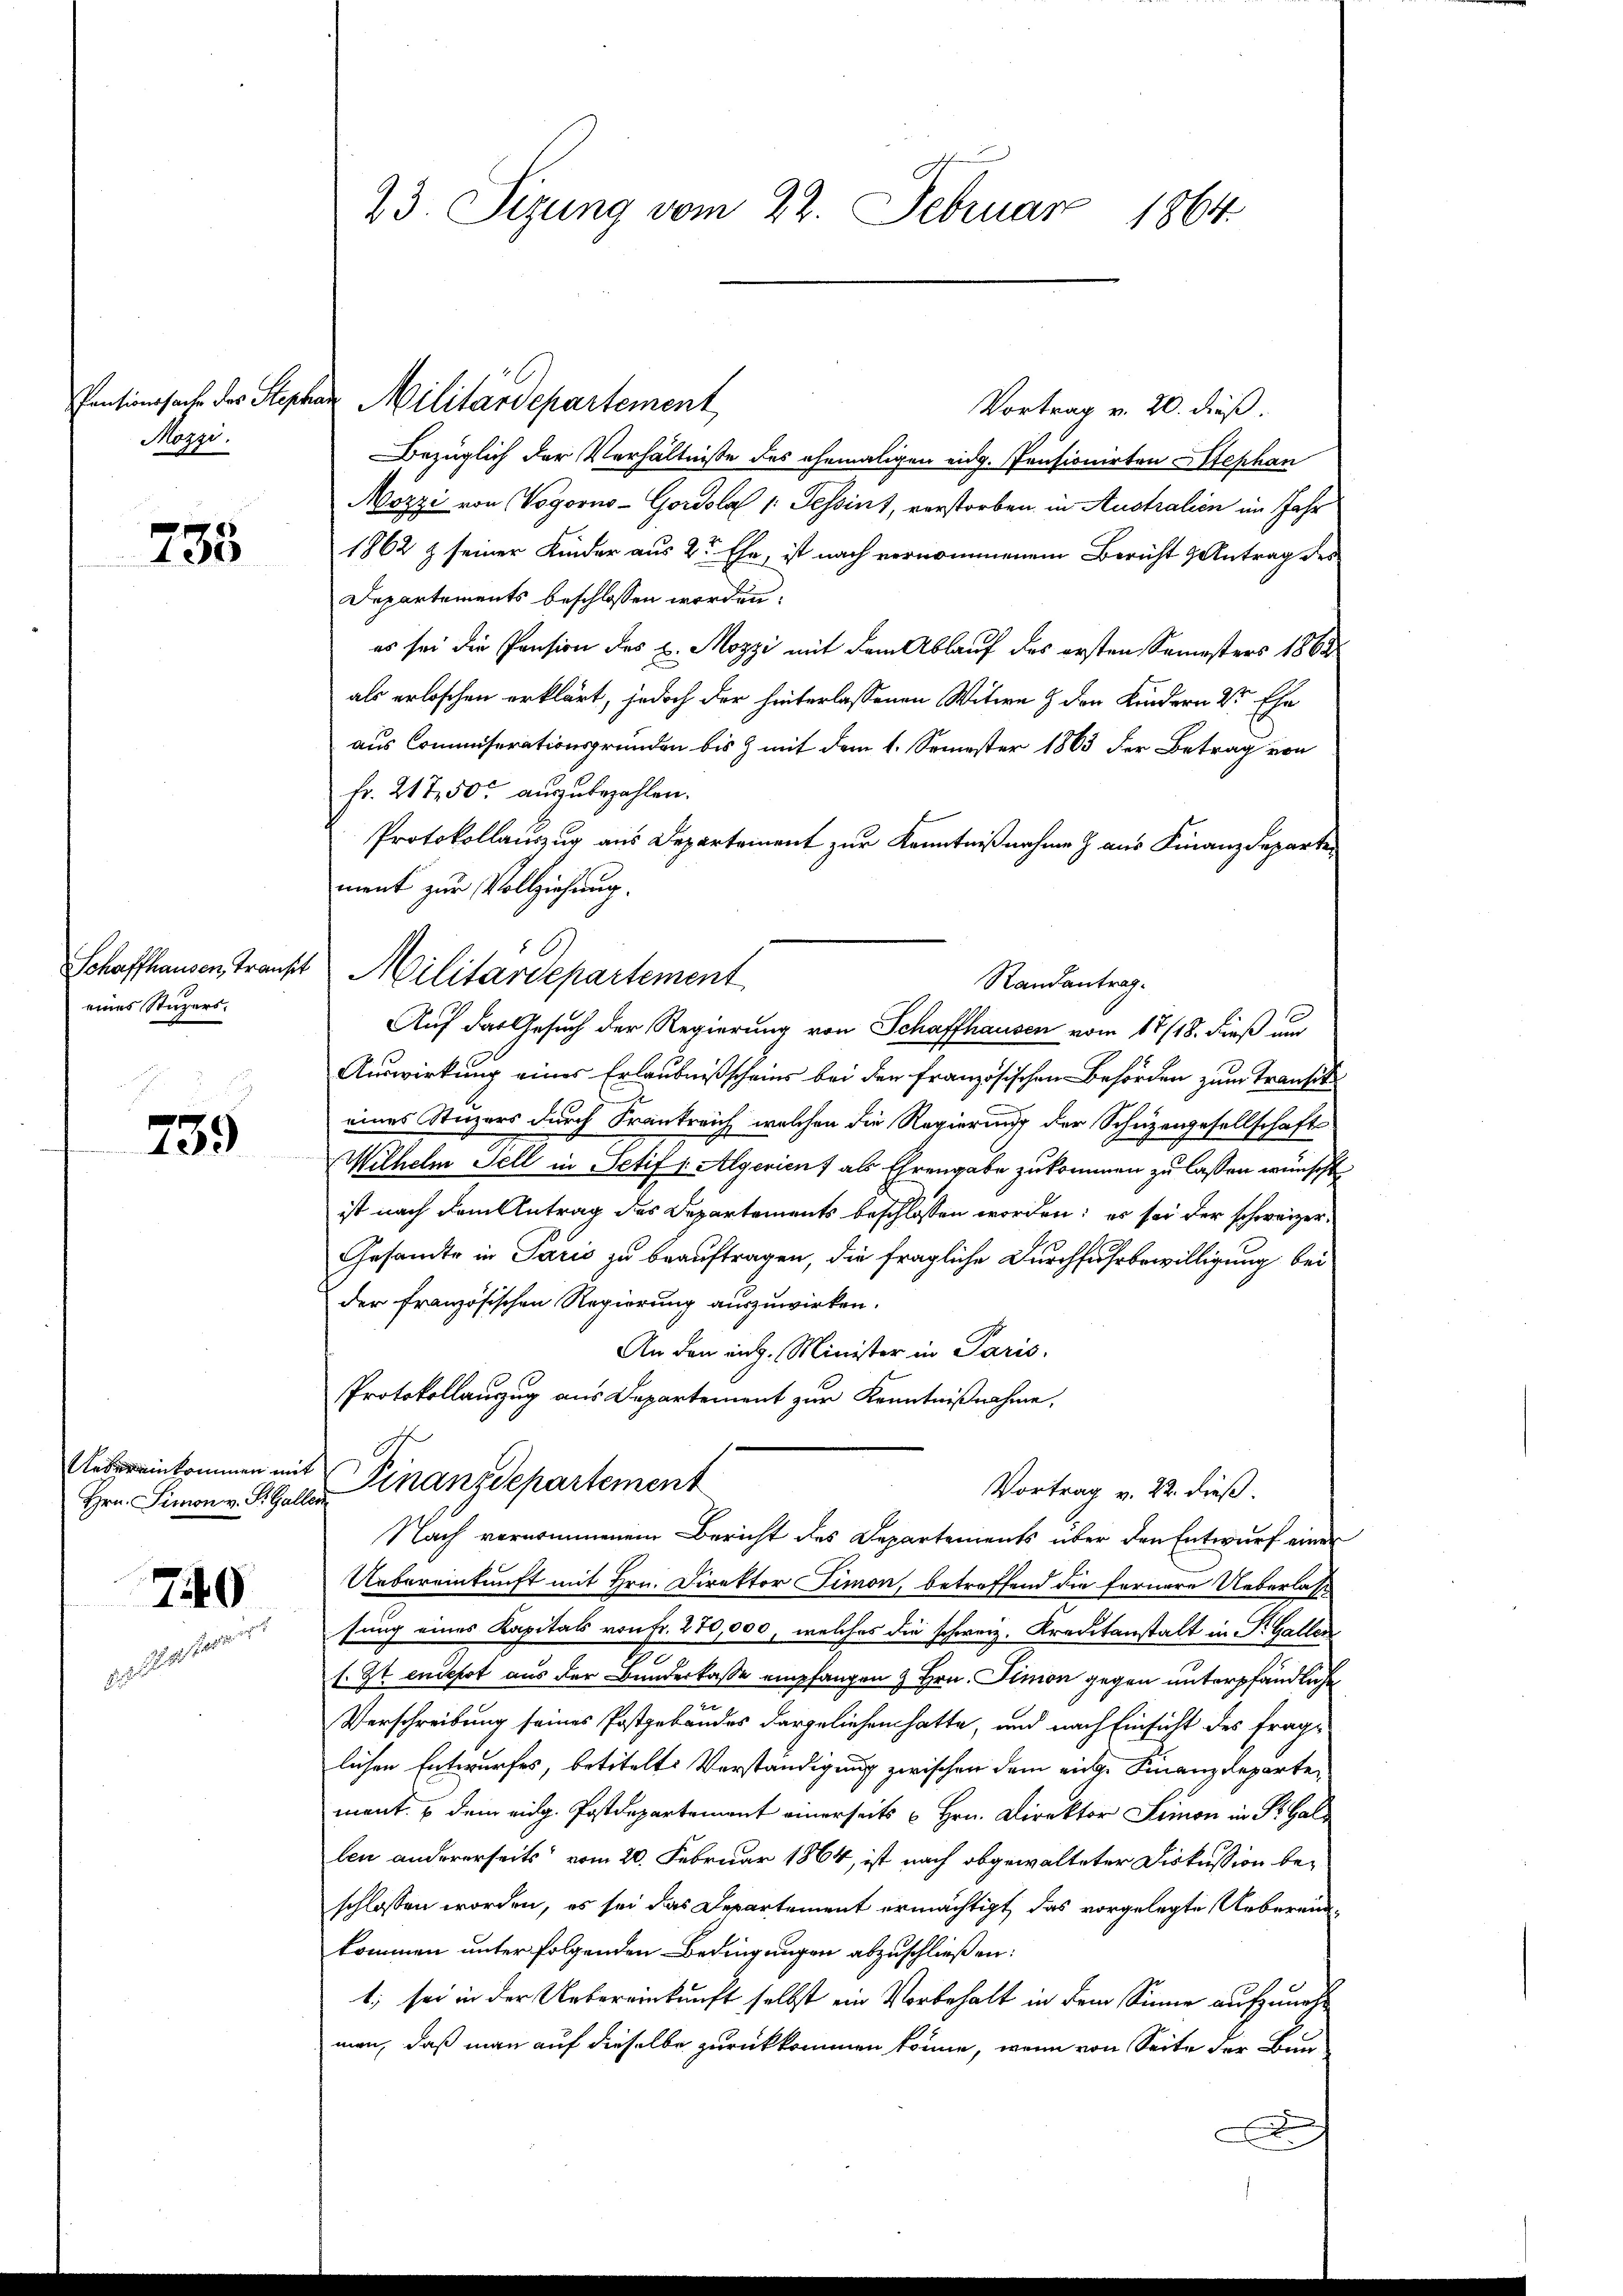
Mogyi.

233

eines Stuzers.

759

Uebereinkommen mit
Hrn. Simon v. R. Gall

740

23. Sizung vom 22. Februar 1864

Vortrag v. 20. dieß.
Bezüglich der Verhältnisse des ehemaligen eidg. Pensionirten Stephan
özzi von Vogorno-Gordslab 1: Tessint, verstorben, in Australien im Jahr
1862 & seiner Kinder aus 2r Ehe, ist nach vernommenem Bericht Antrag des
Departements beschlossen worden.
es sei die Pension des u. Mozzi mit dem Ablauf des ersten Semesters 1862
als erloschen erklärt, jedoch der hinterlassenen Witwe & den Kindern der Ehe
aus Commiserationsgründen bis & mit dem 1. Semester 1863 der Betrag von
fr. 217, 50 auszubezahlen.
Protokollauszug aus Departement zur Kenntnißnahme aus Finanzdepartement zur Vollziehung.
Randantrag.
Auf das Gesuch der Regierung von Schaffhausen vom 17/18. dieß und
Auswirkung eines Erlaubnißscheins bei den französischen Behörden zum Transt
eines Stuars durch Frankreich welchen die Regierung der Schüzengesellschafts
Wilhelm Sell in Petif 1 Algerien) als Ehrengabe zukommen zu lassen wünscht
ist nach dem Antrag des Departements beschlossen worden; es sei der schweizer¬
Gesamte in Paris zu beauftragen, die fragliche Durchfuhrbewilligung bei
der französischen Regierung auszuwirken.
An den ing. Minister in Paris.
Protokollanzug aus Departement zur Kenntnißnahme,
Finanzdepartement
Vortrag v. 22. dieß.
en
Nach vernommenem Bericht des Departements über den Entwurf einer
Uebereinkunft mit Hrn. Direktor Simon, betreffend die fernere Ueberlass
sung eines Kapitals von Fr. 270,000, welches die schweiz. Kreditanstalt in P. Gallen
l. Zt. endepot aus der Bunderkasse empfangen & Hrn. Simon gegen unterpfändliche
e
Verschreibung seines Postgebäudes dargeliehen hatte, und nach Einsicht des fraglichen Entwurfes, betitelte Verständigung zwischen dem eine Finanzdepartement. u dem eidg. Postdepartement einerseits u Hrn. Direktor Simon in St. Gallen andererseits vom 20. Februar 1864, ist nach abgewalteter Diskussion beschlossen worden, es sei das Departement ermächtigt, das vorgelegte Uebereinkommen unter folgenden Bedingungen abzuschließen:
1; sei in der Uebereinkunft selbst ein Vorbehalt in dem Sinne aufzunehman, daß man auf dieselbe zurückkommen könne, wenn von Seite der Bau-
.

Pensionssache des Stephan Militärdepartement,

6
Schaffhausen, Trankt Militärdepartement